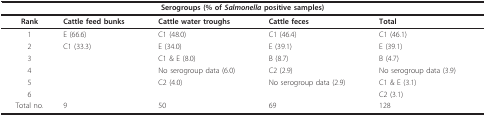
| <COLSPAN=5> Serogroups (% of Salmonella positive samples) |
 | --- | --- | --- | --- | --- |
 | Rank | Cattle feed bunks | Cattle water troughs | Cattle feces | Total |
 | 1 | E (66.6) | C1 (48.0) | C1 (46.4) | C1 (46.1) |
 | 2 | C1 (33.3) | E (34.0) | E (39.1) | E (39.1) |
 | 3 |  | C1 & E (8.0) | B (8.7) | B (4.7) |
 | 4 |  | No serogroup data (6.0) | C2 (2.9) | No serogroup data (3.9) |
 | 5 |  | C2 (4.0) | No serogroup data (2.9) | C1 & E (3.1) |
 | 6 |  |  |  | C2 (3.1) |
 | Total no. | 9 | 50 | 69 | 128 |